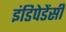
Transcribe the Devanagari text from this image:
इंडिपेडेंसी